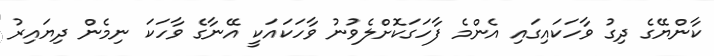
ކާންޔޭގެ ދިގު ވާހަކައިގައި އެންމެ ފާހަގަކޮށްލެވުނު ވާހަކައަކީ އޭނާގެ ވާހަކަ ނިމެން ދިޔައިރު